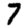
Digit: 7